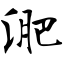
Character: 淝